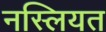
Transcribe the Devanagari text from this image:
नस्लियत